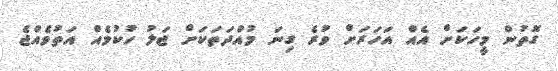
ގޮތުން މީހަކަށް އެއް އަހަރަށް ވުރެ ގިނަ މުއްދަތަކަށް ޖަލު ހުކުމެއް އަތުވެއްޖެ